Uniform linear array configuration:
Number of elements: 12
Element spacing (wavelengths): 0.75
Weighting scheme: uniform
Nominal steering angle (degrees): -15
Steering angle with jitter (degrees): -16.736
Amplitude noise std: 0.05
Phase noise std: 0.05

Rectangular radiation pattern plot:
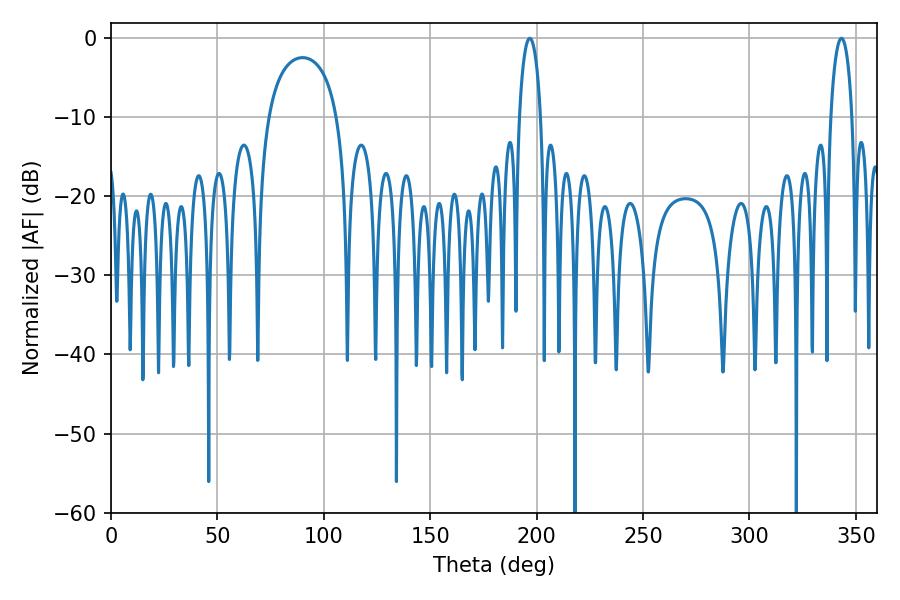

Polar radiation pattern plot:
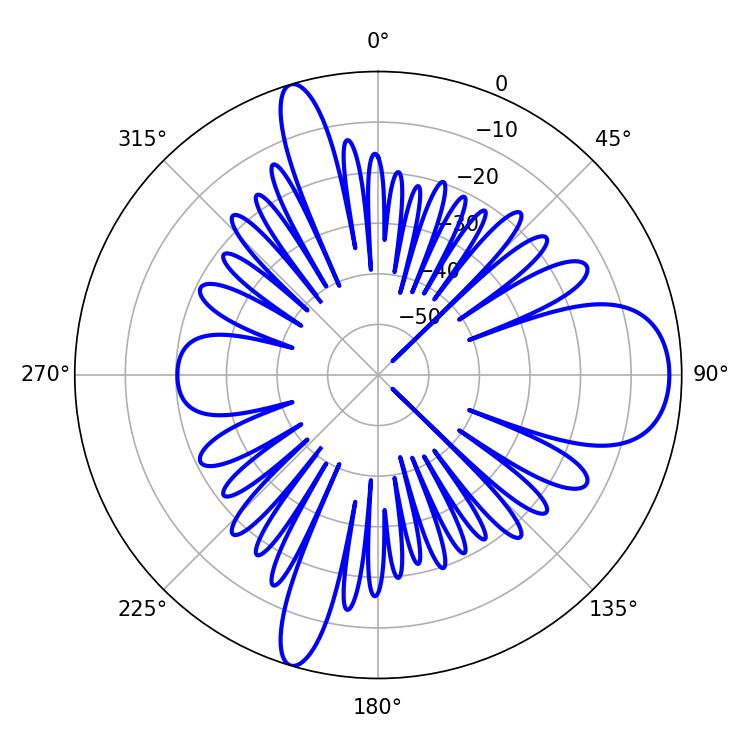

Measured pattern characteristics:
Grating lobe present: TRUE
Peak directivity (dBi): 10.918
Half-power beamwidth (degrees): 5.76
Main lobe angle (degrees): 196.74